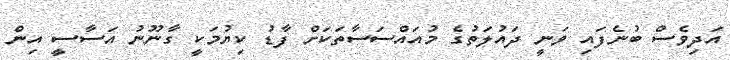
އަދިވެސް ބުނެފައި ވަނީ ދައުލަތުގެ މުއައްސަސާތަކަށް ފާޑު ކިޔުމަކީ ގާނޫނު އަސާސީ އިން